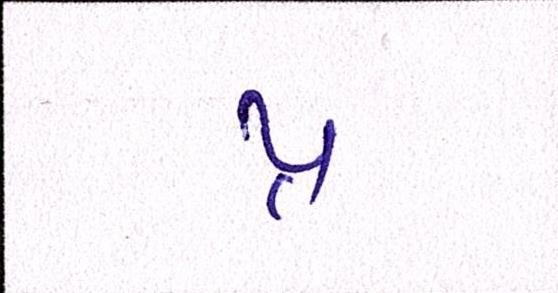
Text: પ્ર